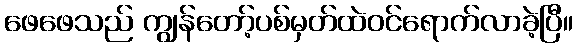
ဖေဖေသည် ကျွန်တော့်ပစ်မှတ်ထဲဝင်ရောက်လာခဲ့ပြီ။